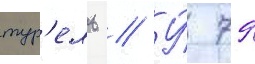
тур'ель // У́ 79